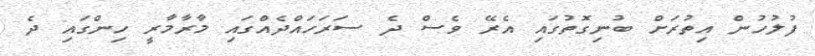
ފުލުހުން އިތުރަށް ބުނިގޮތުގައި އެރޭ ވެސް ދެ ސަރަހައްދެއްގައި މާރާމާރީ ހިންގައި ދެ